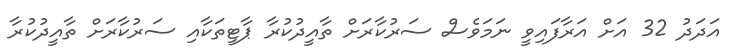
އަދަދު 32 އަށް އަރާފައިވީ ނަމަވެސް ސަރުކާރަށް ތާއީދުކުރާ ޕާޓީތަކާއި ސަރުކާރަށް ތާއީދުކުރާ